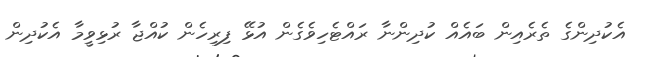
އެކުދިންގެ ތެރެއިން ބައެއް ކުދިންނާ ރައްޓެހިވެގެން އުޅޭ ފިރިހެން ކުއްޖާ ރުޅިވީމާ އެކުދިން